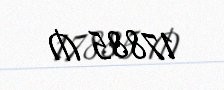
17885 ₼